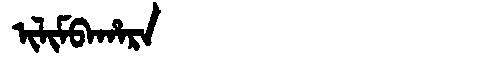
Manchu: ᡳᠯᡳᠮᠪᠠᡥᠠᡵᠠ
Romanization: ILIMBAHARA